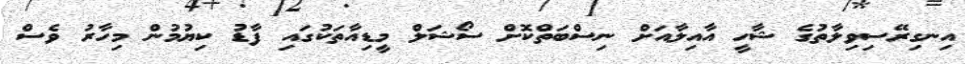
އިނގިރޭސިވިލާތުގެ ޝާހީ އާއިލާއަށް ނިސްބަތްކޮށް ސޯޝަލް މީޑިއާތަކުގައި ފާޑު ކިޔުމުން މިހާރު ވެސް